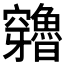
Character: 𥩍